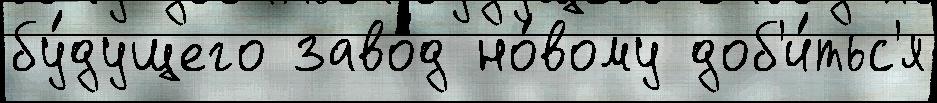
бу́дущего заво́д но́вому доб'и́тьс'я